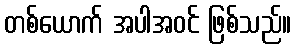
တစ်ယောက် အပါအဝင် ဖြစ်သည်။